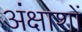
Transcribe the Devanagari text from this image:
अंक्षाशों